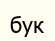
бук